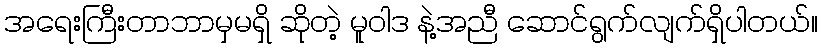
အရေးကြီးတာဘာမှမရှိ ဆိုတဲ့ မူဝါဒ နဲ့အညီ ဆောင်ရွက်လျက်ရှိပါတယ်။